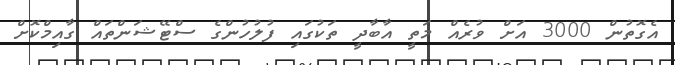
އެގޮތުން 3000 އަށް ވުރެއް މަތީ އާބާދީ ތަކުގައި ފުލުހުންގެ ސްޓޭޝަންތައް ގާއިމްކޮށް